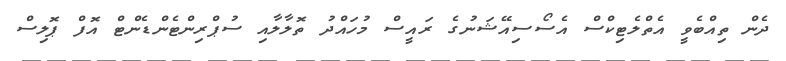
ދެން ތިއްބެވީ އެތްލެޓިކްސް އެސޯސިއޭޝަނުގެ ރައީސް މުހައްދު ތޮލާލާއި ސުޕްރިންޓެންޑެންޓް އޮފް ޕޮލިސް